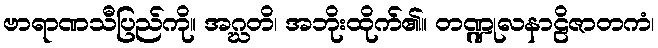
ဗာရာဏသီပြည်ကို။ အဂ္ဃတိ၊ အဘိုးထိုက်၏။ တဏ္ဍုလနာဠိဇာတကံ၊